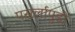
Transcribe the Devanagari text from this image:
पसर्लापुडी